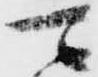
可